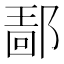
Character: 𰻴